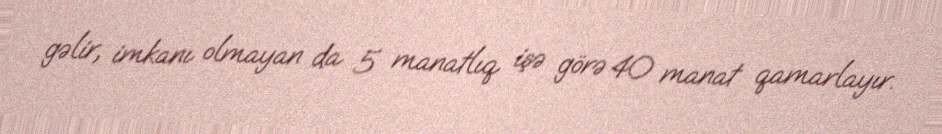
gəlir, imkanı olmayan da 5 manatlıq işə görə 40 manat qamarlayır.